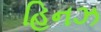
હિનઝ